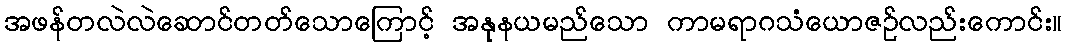
အဖန်တလဲလဲဆောင်တတ်သောကြောင့် အနုနယမည်သော ကာမရာဂသံယောဇဉ်လည်းကောင်း။